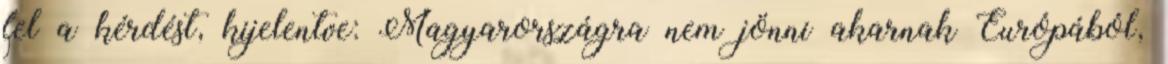
fel a kérdést, kijelentve: Magyarországra nem jönni akarnak Európából,